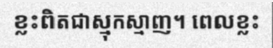
ខ្លះពិតជាស្មុកស្មាញ។ ពេលខ្លះ